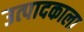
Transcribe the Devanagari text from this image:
उत्पादकाला